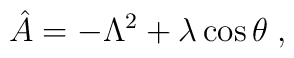
\hat{A} = - \Lambda^{2} + \lambda \cos \theta \; ,